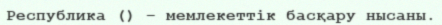
Республика () – мемлекеттік басқару нысаны.